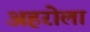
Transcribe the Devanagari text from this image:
अहरोला